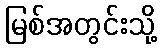
မြစ်အတွင်းသို့